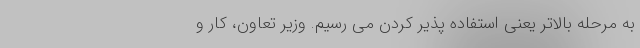
به مرحله بالاتر یعنی استفاده پذیر کردن می رسیم. وزیر تعاون، کار و